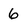
Character: 6